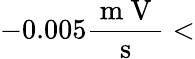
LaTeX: -0.005\frac{\mathrm{~m~V~}}{\mathrm{~s~}}<